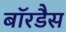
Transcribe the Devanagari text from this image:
बॉरडैस